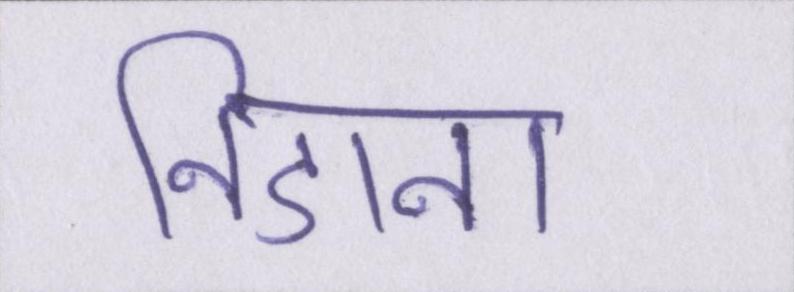
निडाना